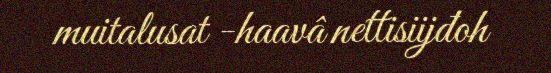
muitalusat -haavâ nettisiijđoh